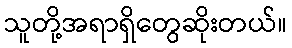
သူတို့အရာရှိတွေဆိုးတယ်။